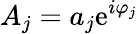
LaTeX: A_{j}=a_{j}\mathrm{e}^{i\varphi_{j}}